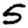
Digit: 5